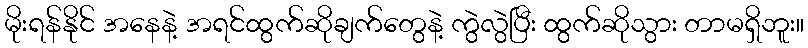
မိုးရန်နိုင် အနေနဲ့ အရင်ထွက်ဆိုချက်တွေနဲ့ ကွဲလွဲပြီး ထွက်ဆိုသွား တာမရှိဘူး။